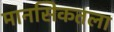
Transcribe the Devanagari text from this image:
मानसिकतला